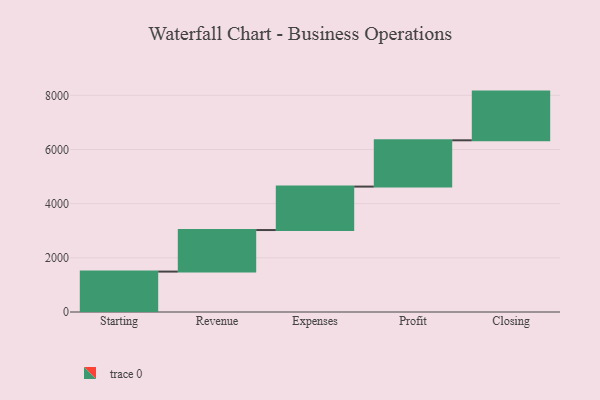
{"axis": {"x": "Step", "y": "Value"}, "legend": [""], "data": [{"x": "Starting", "y": 1492.0, "type": ""}, {"x": "Revenue", "y": 1534.0, "type": ""}, {"x": "Expenses", "y": 1604.0, "type": ""}, {"x": "Profit", "y": 1709.0, "type": ""}, {"x": "Closing", "y": 1798.0, "type": ""}]}